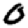
Digit: 0